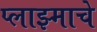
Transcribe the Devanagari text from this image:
प्लाझ्माचे